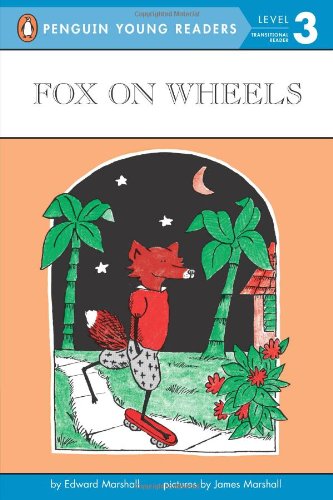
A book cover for Fox on Wheels (Penguin Young Readers, Level 3); Edward Marshall; Children's Books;